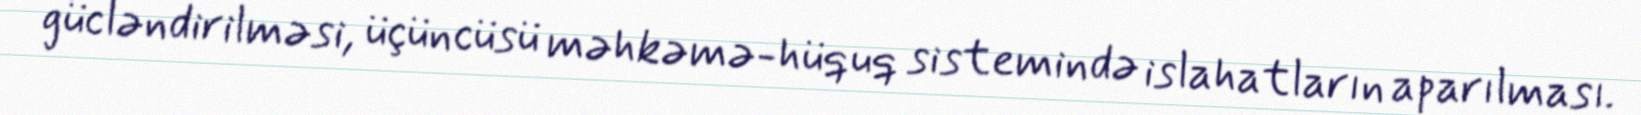
gücləndirilməsi, üçüncüsü məhkəmə-hüquq sistemində islahatların aparılması.